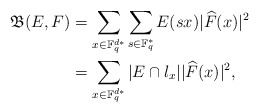
\begin{align*}{\mathfrak B}(E,F)&= \sum_{x\in \mathbb F_q^{d*}} \sum_{s\in\mathbb F_q^*}E(sx) |\widehat{F}(x)|^2\\&= \sum_{x\in \mathbb F_q^{d*}} |E\cap l_x| |\widehat{F}(x)|^2, \end{align*}